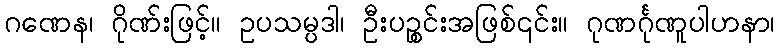
ဂဏေန၊ ဂိုဏ်းဖြင့်။ ဥပသမ္ပဒါ၊ ဦးပဉ္စင်းအဖြစ်၎င်း။ ဂုဏင်္ဂုဏူပါဟနာ၊